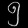
Digit: ၅